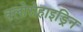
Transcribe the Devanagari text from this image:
क्लोरोहाइड्रिन